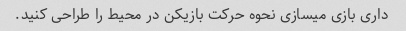
داری بازی میسازی نحوه حرکت بازیکن در محیط را طراحی کنید.